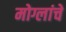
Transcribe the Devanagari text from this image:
मोग्लांचे